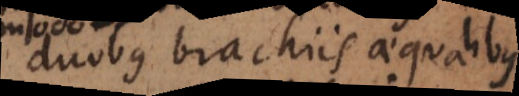
duobus brachiis aequalibus